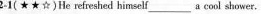
2-1( ★★☆)He efreshed himself__a cool shower.